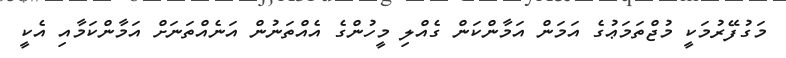
މަގުފޭރުމަކީ މުޖްތަމަޢުގެ އަމަން އަމާންކަން ގެއްލި މީހުންގެ އެއްތަނުން އަނެއްތަނަށް އަމާންކަމާއި އެކީ